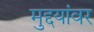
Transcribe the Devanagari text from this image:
मुद्दयांवर